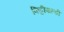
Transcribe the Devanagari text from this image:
फिट्टीपाल्डी